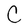
Character: C